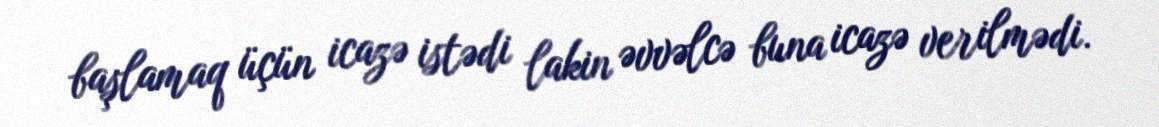
başlamaq üçün icazə istədi lakin əvvəlcə buna icazə verilmədi.